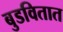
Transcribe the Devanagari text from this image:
बुडवितात